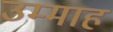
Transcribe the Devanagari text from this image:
उम्माह